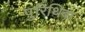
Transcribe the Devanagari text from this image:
पुरिथिबा